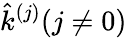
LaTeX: \hat{k}^{(j)}(j\neq 0)